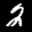
Label: 2